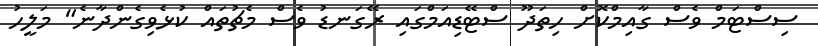
ސިސްޓަމް ވެސް ގާއިމްކޮށް ހިތަދޫ ސްޓޭޑިއަމްގައި ރޭގަނޑު ވެސް މެޗުތައް ކުޅެވިގެންދާނެ" މަލީހު